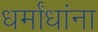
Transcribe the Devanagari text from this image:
धर्मांधांना